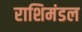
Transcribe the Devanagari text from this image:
राशिमंडल